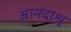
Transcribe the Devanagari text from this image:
आनंदाश्रु